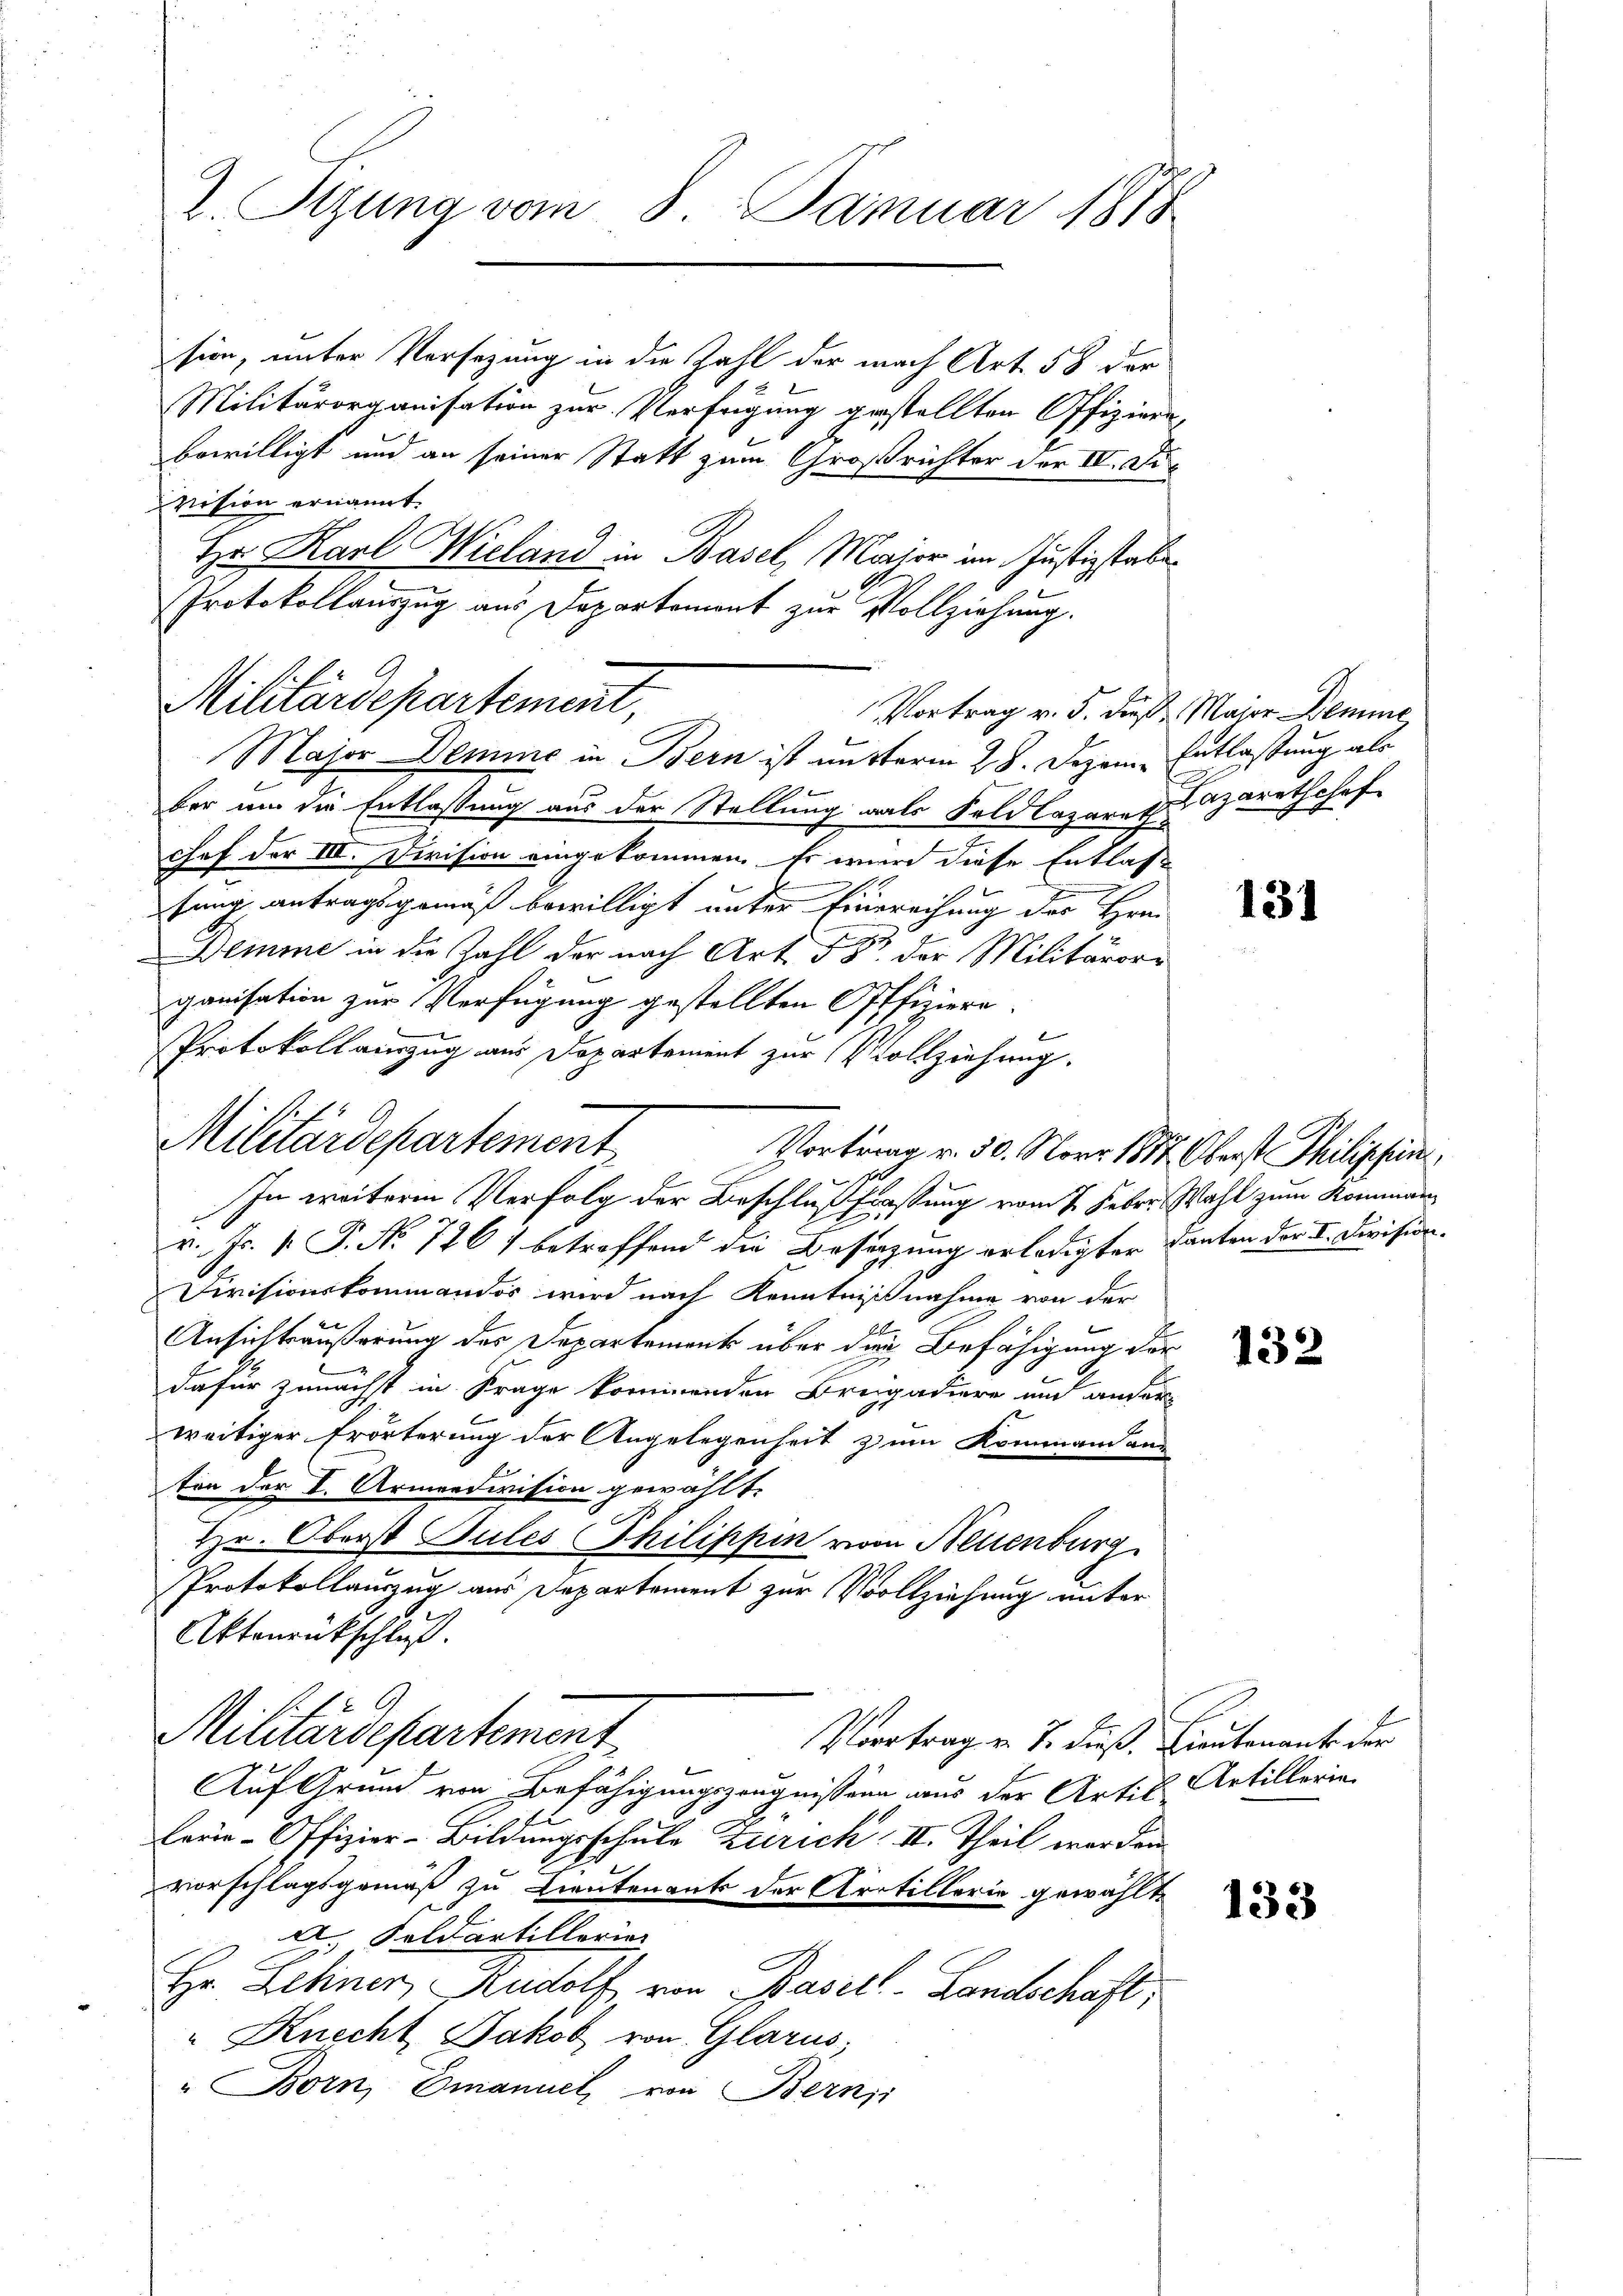
L. Stzung vom 8. Januar 1878

Militärdepartement,
Vortrag v. 5. dieß Maier Demme
Major Demine in Bern ist unterm 28. Dezem Entlaßung als

sien, unter Versezung in die Zahl der nach Art. 58 der
Militärorganisation zur Verfügung gestellten Offizierun
bewilligt und an seiner Statt zum Großrichter der IV. Di
vision ernannt.
Hr. Karl Wieland in Basel, Major im Justizstabe
Protokollauszug aus Departement zur Vollziehung.

ber um die Entlassung aus der Stellung als Feldlazareth
.
chef der III. Division eingekommen. Es wird diese Entlas
sung antragsgemäß bewilligt unter Einereihung des Hrn.
Demme in die Zahl der nach Art. 5 Dr. der Militärorganisation zur Verfügung gestellten Offiziere.
Protokoll einzug aus Departement zur Vollziehung.
In weitere Verfolg der Beschlußfaßung vom 7. Feber. Wahl zum Kommanv. Js. k. P. Nr. 726) betreffend die Besitzung erledigter Kanton der I. Division.
Divisionskommandos wird nach Kenntnißnahme von der
Kerner Herrn
Ansichtsäußerung des Departement über die Befähigung der
dafür zunächst in Frage kommenden Breigadiere und ander
weitiger Erörterung der Angelegenheit zum Kommandan
ton der I. Armendivision gewählte
Hr. Oberst Jules Philippen von Neuenburg
Protokollauszug aus Departement zur Vollziehung unter
Aktenrückschluß.
Militärdepartement
Vortrag v. J. dieß. Lieutenant der
Auf Grund von Befähigungszeugnission aus der Artil Artillerie
lerie-Offizier-Bildungsschule Zürich. II. Theil werden.
vorschlagsgemäß zu Lieutenant der Artillerie gewählt
d. Soldartillerie
Hr. Lehner, Rudolf von Basell-Landschaft,
" Knecht Jakob von Glarus,
" Born, Emanuel von Bernsi

Militärdepartement

Vortrag v. 50. Norr 1877 Oberst Philischeine,

Hazarethshof

131

132

133